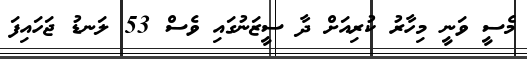
މެސީ ވަނީ މިހާރު ކުރިއަށް ދާ ސީޒަނުގައި ވެސް 53 ލަނޑު ޖަހައިފަ